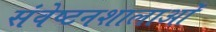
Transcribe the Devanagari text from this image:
संवेष्टनशालाओं